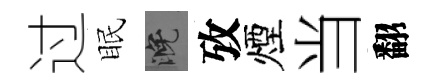
过眠晚攷煙当翻